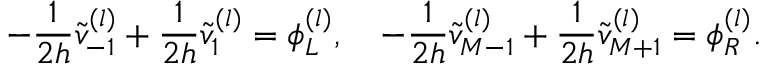
- \frac { 1 } { 2 h } \widetilde v _ { - 1 } ^ { ( l ) } + \frac { 1 } { 2 h } \widetilde v _ { 1 } ^ { ( l ) } = \phi _ { L } ^ { ( l ) } , \quad - \frac { 1 } { 2 h } \widetilde v _ { M - 1 } ^ { ( l ) } + \frac { 1 } { 2 h } \widetilde v _ { M + 1 } ^ { ( l ) } = \phi _ { R } ^ { ( l ) } .